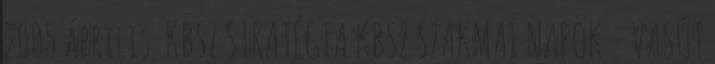
2005 április. KBSZ STRATÉGIA KBSZ SZAKMAI NAPOK - VASÚT